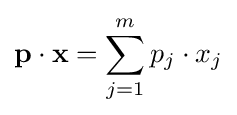
\mathbf {p} \cdot \mathbf {x} =\sum _{j=1}^{m}p_{j}\cdot x_{j}